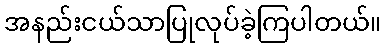
အနည်းငယ်သာပြုလုပ်ခဲ့ကြပါတယ်။